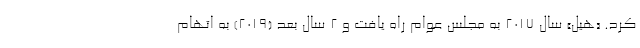
کرد. «هیل» سال ۲۰۱۷ به مجلس عوام راه یافت و ۲ سال بعد (۲۰۱۹) به اتهام